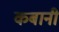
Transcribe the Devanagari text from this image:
कबानी